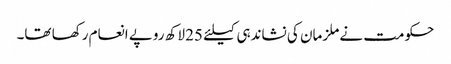
حکومت نے ملزمان کی نشاندہی کیلئے 25 لاکھ روپے انعام رکھا تھا۔